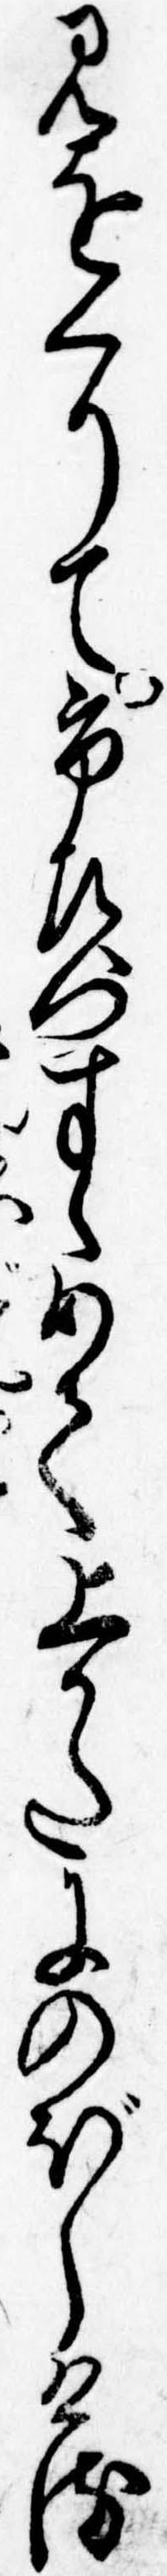
見をくりて市左門すゝめて上かたにのびしける